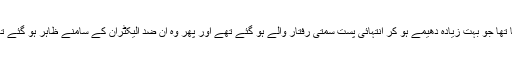
طاقتور مقناطیس کے ذریعہ ضد پروٹون کو علیحدہ کر لیا تھا جو بہت زیادہ دھیمے ہو کر انتہائی پست سمتی رفتار والے ہو گئے تھے اور پھر وہ ان ضد الیکٹران کے سامنے ظاہر ہو گئے تھے جو قدرتی طور پر سوڈیم - ٢٢ سے خارج ہوتے ہیں۔